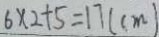
6 \times 2 + 5 = 1 7 ( c m )